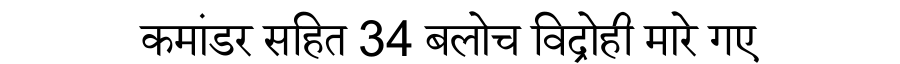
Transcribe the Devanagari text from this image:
कमांडर सहित 34 बलोच विद्रोही मारे गए